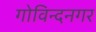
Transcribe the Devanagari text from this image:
गोविन्‍दनगर